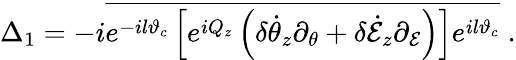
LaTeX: \Delta_{1}=-i\overline{{e^{-il\vartheta_{c}}\left[e^{iQ_{z}}\left(\delta\dot{\theta}_{z}\partial_{\theta}+\delta\dot{\cal E}_{z}\partial_{\cal E}\right)\right]e^{il\vartheta_{c}}}}\; .